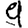
Digit: 9